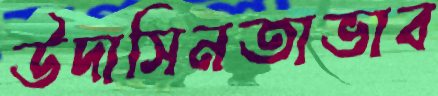
উদাসিনতাভাব